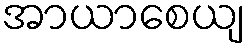
အာယာစေယျ